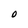
Character: 0